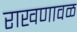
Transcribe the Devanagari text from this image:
राखणावळ